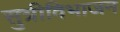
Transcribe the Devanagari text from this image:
सुत्रीविभाजन